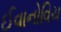
ઈવાનોવિચ